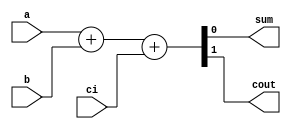
module Full_Adder(sum, cout, a, b, ci);

//Interface
input	a, b, ci;
output	sum, cout;

// Calculation
assign {cout,sum} = a + b + ci;

endmodule